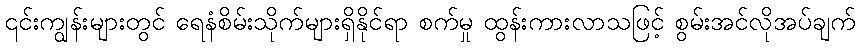
၎င်းကျွန်းများတွင် ရေနံစိမ်းသိုက်များရှိနိုင်ရာ စက်မှု ထွန်းကားလာသဖြင့် စွမ်းအင်လိုအပ်ချက်